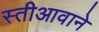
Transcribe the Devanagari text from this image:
स्तीआवाने